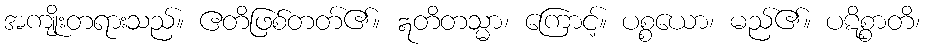
အကျိုးတရားသည်။ ဧတိဖြစ်တတ်၏။ ဣတိတသ္မာ၊ ကြောင့်။ ပစ္စယော၊ မည်၏။ ပဋိစ္စာတိ၊